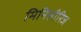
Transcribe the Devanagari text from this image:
मिनिसीरिज